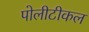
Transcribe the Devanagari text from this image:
पोलीटीकल